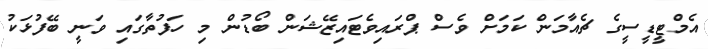
އެމްޓީޑީސީގެ ޗެއާމަން ކަމަށް ވެސް ޕްރައިވެޓައިޒޭޝަން ބޯޑުން މި ހަފުތާގައި ވަނީ ބޭފުޅަކު